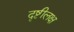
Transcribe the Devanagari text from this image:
दृष्टीलक्ष